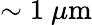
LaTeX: \sim 1~{\mu}\mathrm{m}